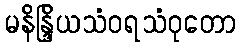
မနိန္ဒြိယသံဝရသံဝုတော